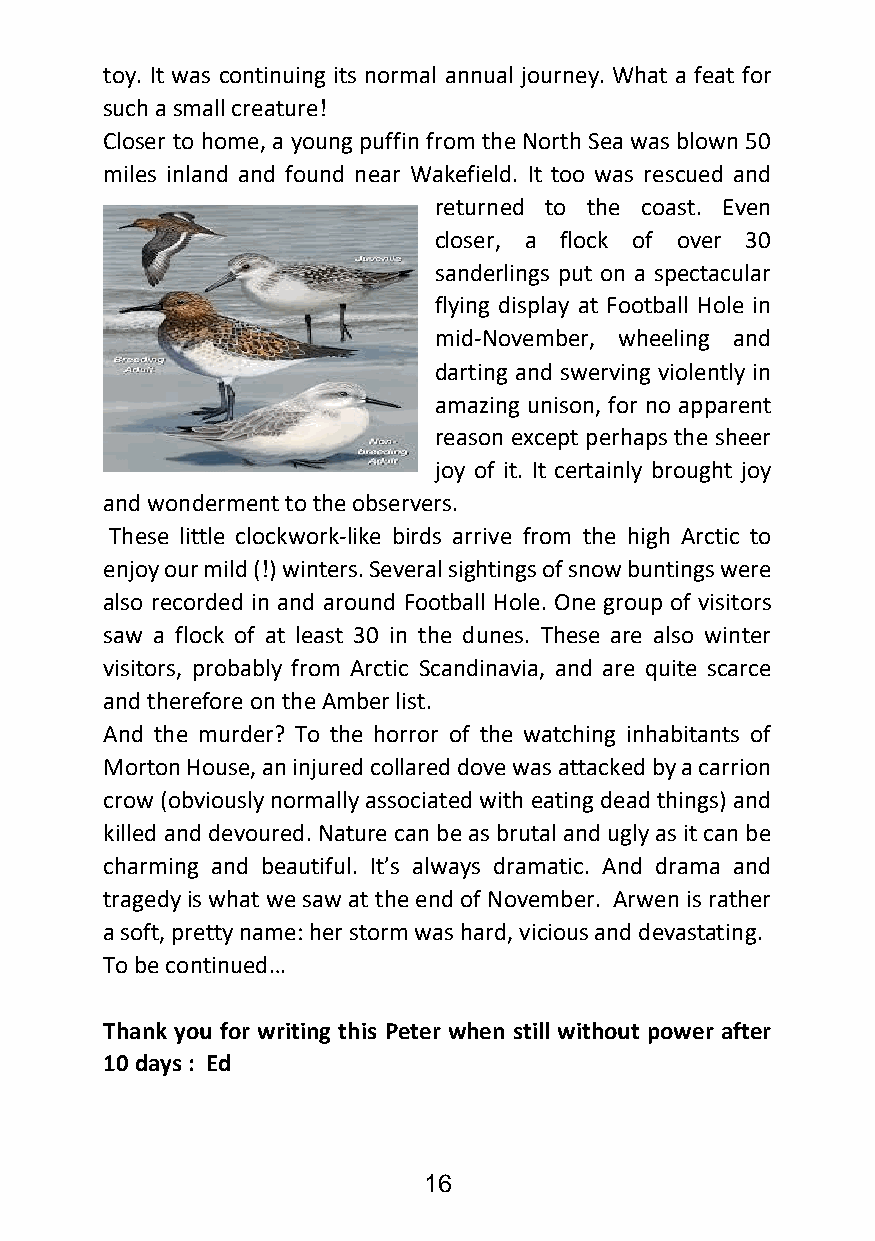
toy. It was continuing its normal annual journey. What a feat for
 such a small creature!
 Closer to home, a young puffin from the North Sea was blown 50
 miles inland and found near Wakefield. It too was rescued and
 returned to the coast. Even
 closer, a flock of over 30
 sanderlings put on a spectacular
 flying display at Football Hole in
 mid-November, wheeling and
 darting and swerving violently in
 amazing unison, for no apparent
 reason except perhaps the sheer
 joy of it. It certainly brought joy
 and wonderment to the observers.
 These little clockwork-like birds arrive from the high Arctic to
 enjoy our mild (!) winters. Several sightings of snow buntings were
 also recorded in and around Football Hole. One group of visitors
 saw a flock of at least 30 in the dunes. These are also winter
 visitors, probably from Arctic Scandinavia, and are quite scarce
 and therefore on the Amber list.
 And the murder? To the horror of the watching inhabitants of
 Morton House, an injured collared dove was attacked by a carrion
 crow (obviously normally associated with eating dead things) and
 killed and devoured. Nature can be as brutal and ugly as it can be
 charming and beautiful. It’s always dramatic. And drama and
 tragedy is what we saw at the end of November. Arwen is rather
 a soft, pretty name: her storm was hard, vicious and devastating.
 To be continued…
 Thank you for writing this Peter when still without power after
 10 days : Ed
 16